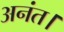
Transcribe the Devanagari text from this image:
अनंत।